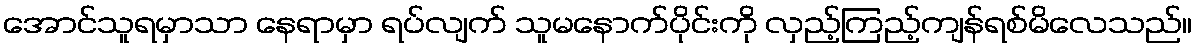
အောင်သူရမှာသာ နေရာမှာ ရပ်လျက် သူမနောက်ပိုင်းကို လှည့်ကြည့်ကျန်ရစ်မိလေသည်။